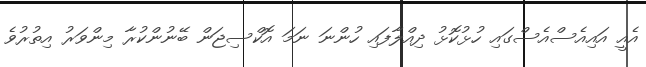
އެއީ އައިއެސްއެސްގައި ހުޅުކޮޅު ދިއްލާފައި ހުންނަ ނަމަ އޮކްސިޖަން ބޭނުންކުރާ މިންވަރު އިތުރުވެ